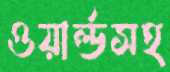
ওয়ার্ল্ডসহ